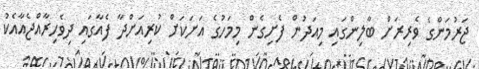
ޖަރުމަންގެ ވެރިރަށް ބާލިންގައި މިއަދުން ފެށިގެން މިމަހުގެ އަށަކަށް ކުރިއަށްދާ ފެއާގައި ދިވެހިރާއްޖެއާއެކު